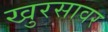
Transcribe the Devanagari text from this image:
खुरसावर